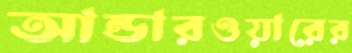
আন্ডারওয়ারের